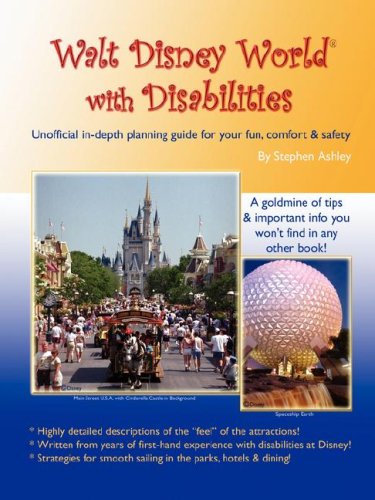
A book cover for Walt Disney World with Disabilities; Stephen Ashley; Travel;